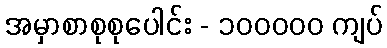
အမှာစာစုစုပေါင်း - ၁၀၀၀၀၀ ကျပ်